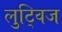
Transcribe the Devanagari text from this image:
लुट्विज